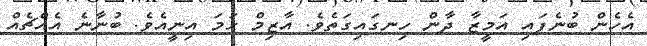
އެހެން ބުނެފައި އަމީޒާ ދާން ހިނގައިގަތެވެ. އާޒިމް ހަމަ އިނީއެވެ. ބުނާނެ އެއްޗެއް